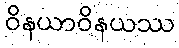
ဝိနယာဝိနယဿ